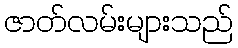
ဇာတ်လမ်းများသည်